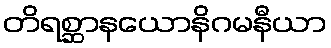
တိရစ္ဆာနယောနိဂမနီယာ